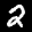
Digit: 2